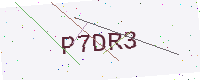
Text: P7DR3